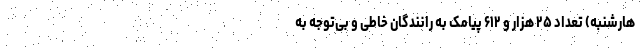
هارشنبه) تعداد ۲۵ هزار و ۶۱۲ پیامک به رانندگان خاطی و بی‌توجه به